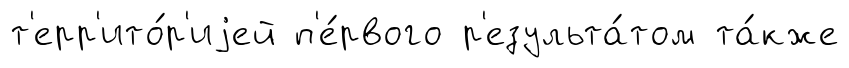
т'ерр'ито́р'иjей п'е́рвого р'езульта́том та́кже